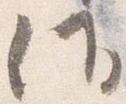
候